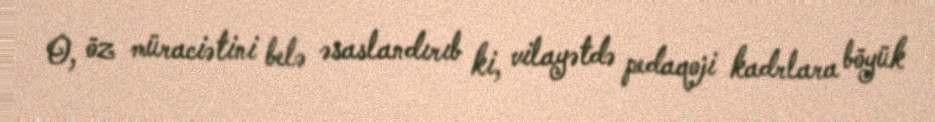
O, öz müraciətini belə əsaslandırıb ki, vilayətdə pedaqoji kadrlara böyük